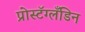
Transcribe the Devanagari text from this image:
प्रोस्टॅग्लँडिन